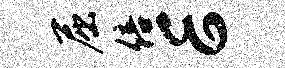
屈倍E